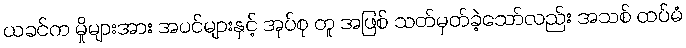
ယခင်က မှိုများအား အပင်များနှင့် အုပ်စု တူ အဖြစ် သတ်မှတ်ခဲ့သော်လည်း အသစ် ထပ်မံ